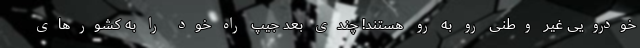
خودرویی غیر وطنی رو به رو هستند! چندی بعد جیپ راه خود را به کشورهای